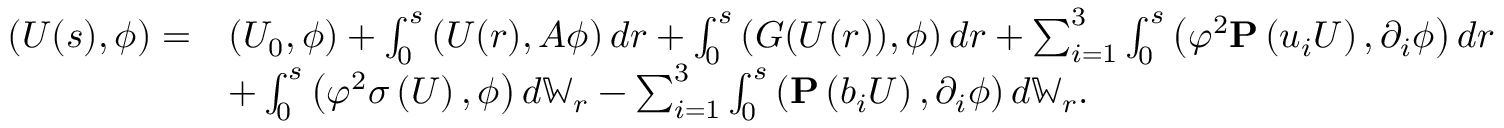
\begin{array} { r l } { \left( U ( s ) , \phi \right) = } & { \left( U _ { 0 } , \phi \right) + \int _ { 0 } ^ { s } \left( U ( r ) , A \phi \right) d r + \int _ { 0 } ^ { s } \left( G ( U ( r ) ) , \phi \right) d r + \sum _ { i = 1 } ^ { 3 } \int _ { 0 } ^ { s } \left( \varphi ^ { 2 } \mathbf { P } \left( u _ { i } U \right) , \partial _ { i } \phi \right) d r } \\ & { + \int _ { 0 } ^ { s } \left( \varphi ^ { 2 } \sigma \left( U \right) , \phi \right) d \mathbb { W } _ { r } - \sum _ { i = 1 } ^ { 3 } \int _ { 0 } ^ { s } \left( \mathbf { P } \left( b _ { i } U \right) , \partial _ { i } \phi \right) d \mathbb { W } _ { r } . } \end{array}